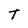
Character: T